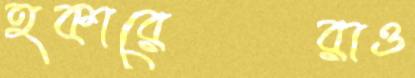
হকারেরাও